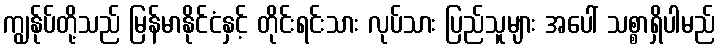
ကျွန်ုပ်တို့သည် မြန်မာနိုင်ငံနှင့် တိုင်းရင်းသား လုပ်သား ပြည်သူများ အပေါ် သစ္စာရှိပါမည်